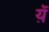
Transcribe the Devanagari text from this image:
य़ॆ